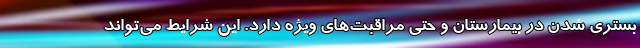
بستری شدن در بیمارستان و حتی مراقبت‌های ویژه دارد. این شرایط می‌تواند